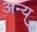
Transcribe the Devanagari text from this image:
अन्य्